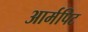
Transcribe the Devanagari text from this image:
आर्मपिट